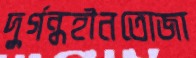
দুর্গন্ধহীনতোজা